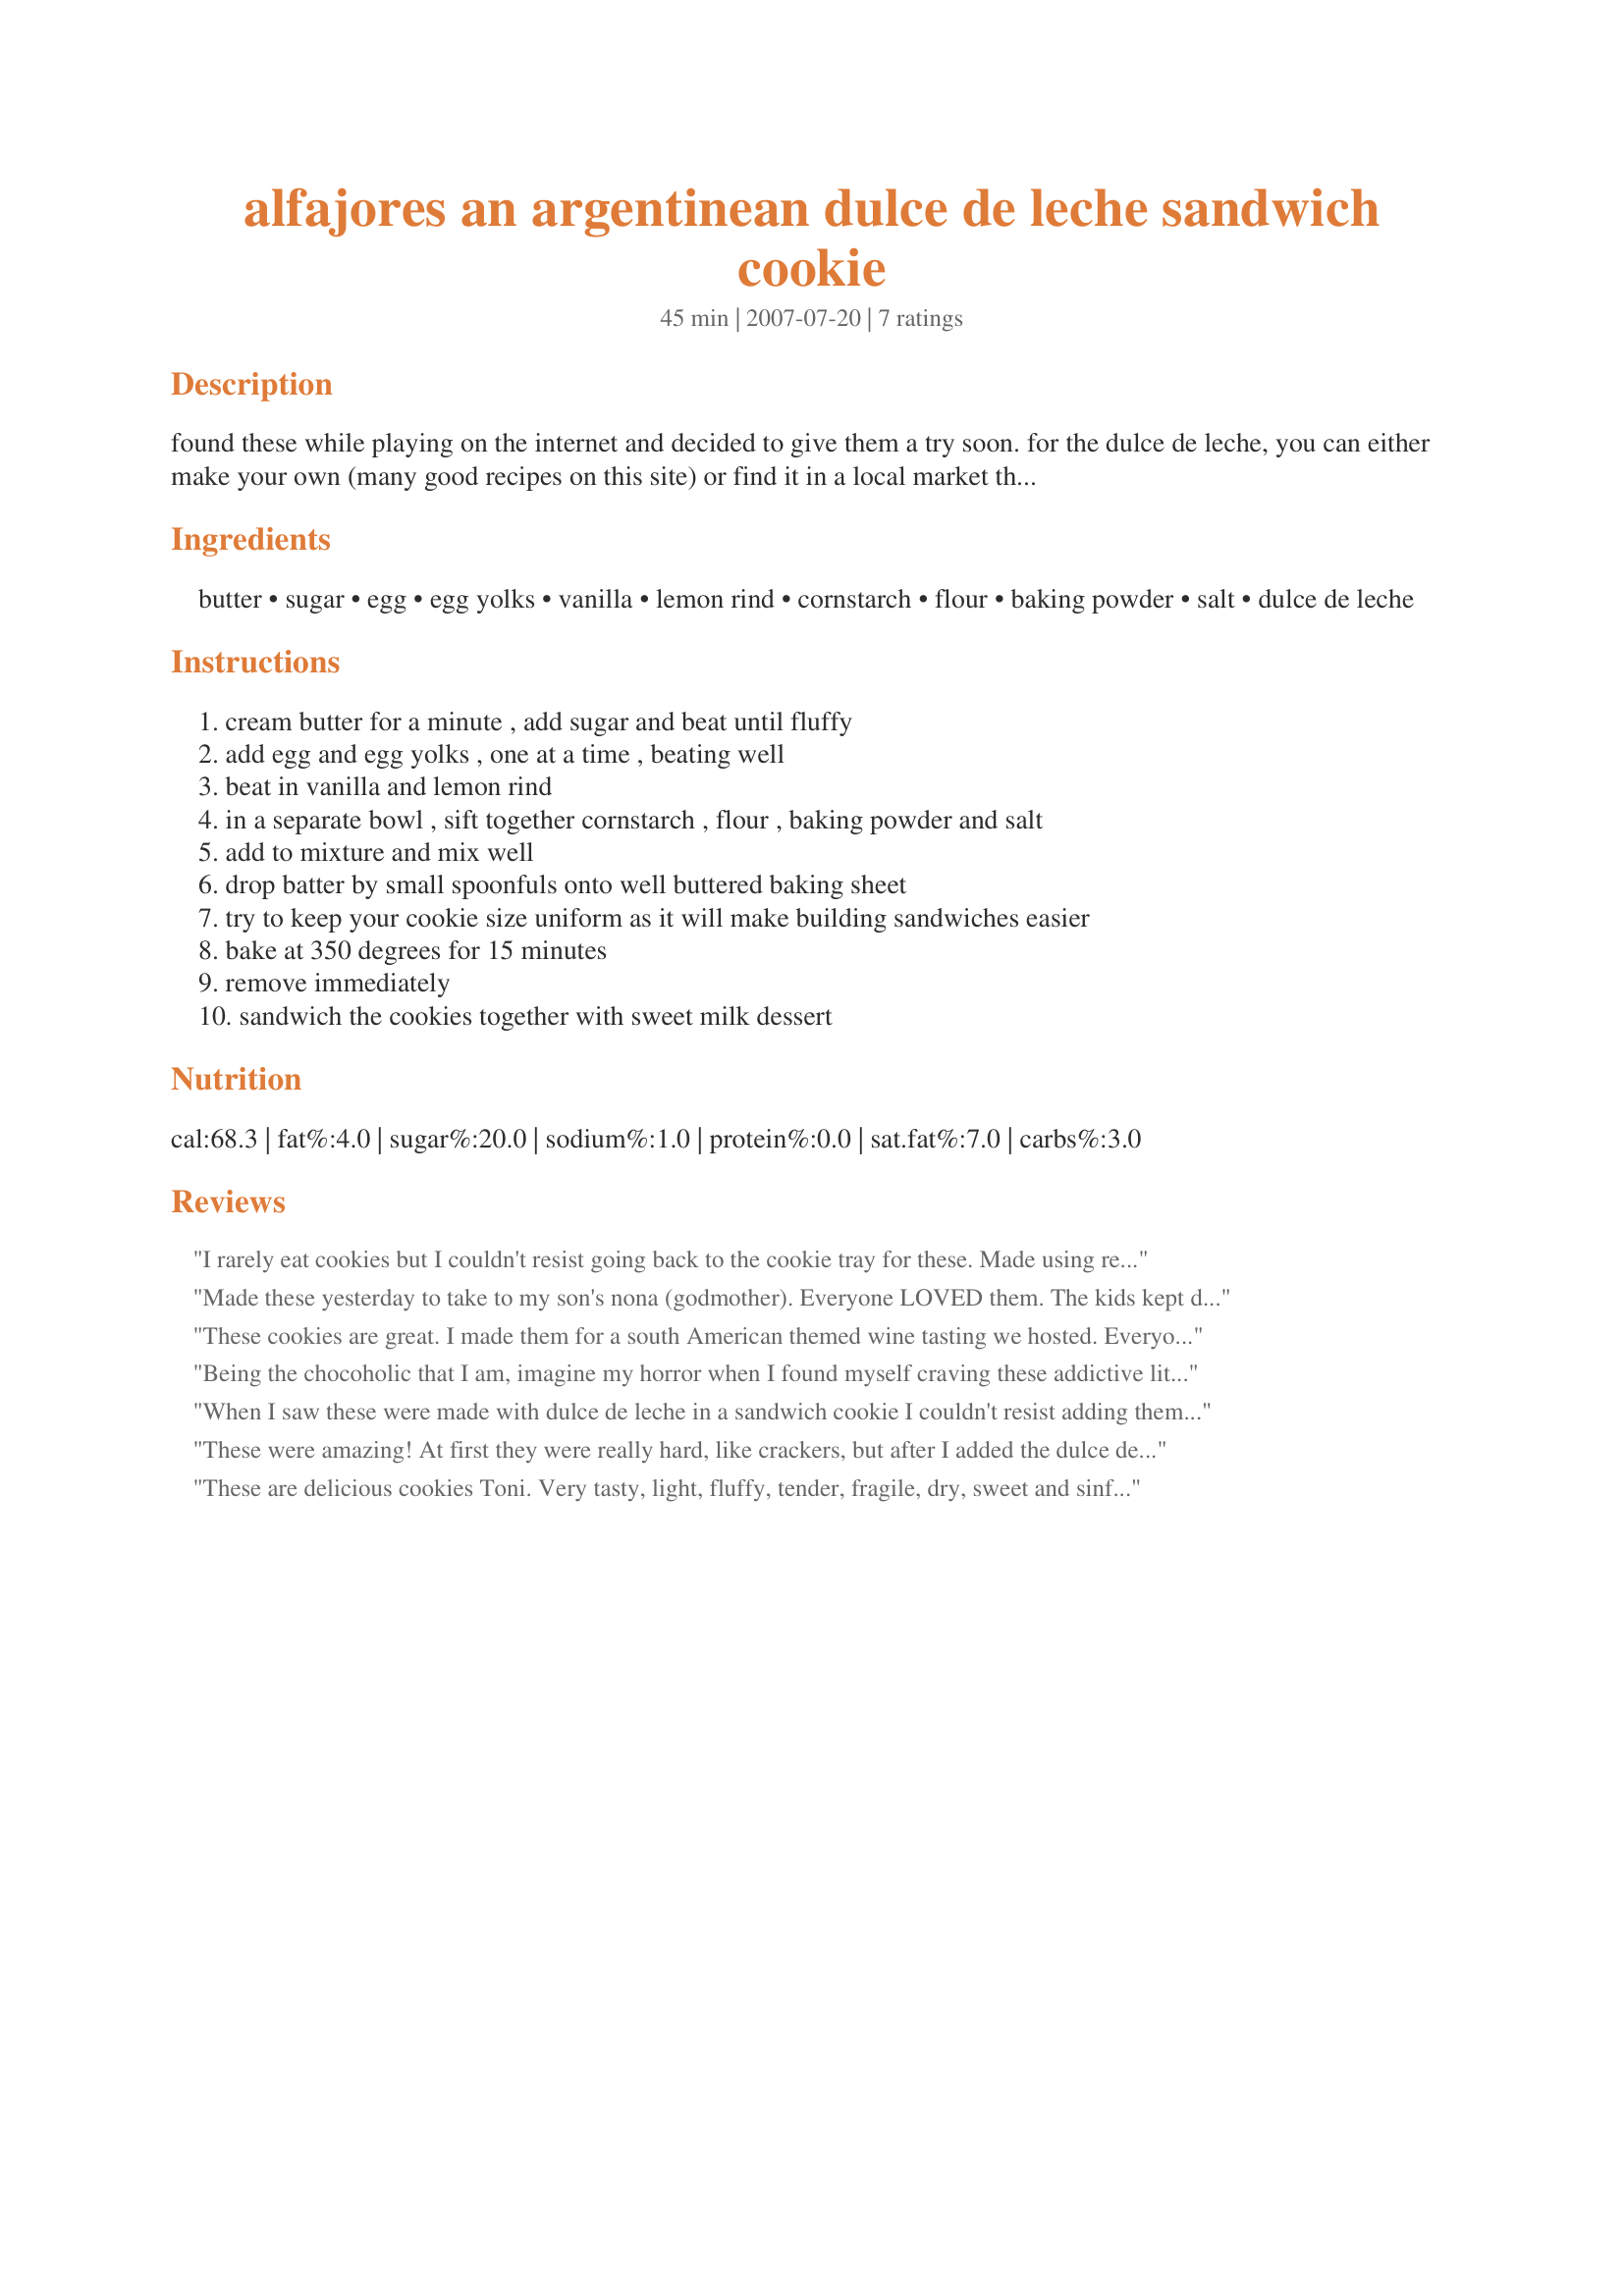
alfajores an argentinean dulce de leche sandwich cookie
Preparation time: 45 minutes

found these while playing on the internet and decided to give them a try soon. for the dulce de leche, you can either make your own (many good recipes on this site) or find it in a local market that has a good selection of latin american products.

Ingredients:
butter, sugar, egg, egg yolks, vanilla, lemon rind, cornstarch, flour, baking powder, salt, dulce de leche

Steps:
cream butter for a minute , add sugar and beat until fluffy, add egg and egg yolks , one at a time , beating well, beat in vanilla and lemon rind, in a separate bowl , sift together cornstarch , flour , baking powder and salt, add to mixture and mix well, drop batter by small spoonfuls onto well buttered baking sheet, try to keep your cookie size uniform as it will make building sandwiches easier, bake at 350 degrees for 15 minutes, remove immediately, sandwich the cookies together with sweet milk dessert

Reviews:
I rarely eat cookies but I couldn't resist going back to the cookie tray for these. Made using recipe#234433 which made for an over the top filling. Ovens vary mine were done in about 12 minutes. Can't wait to serve these to family and friends - having only made a small batch - there's little chance that is going to happen with this making!
Made these yesterday to take to my son's nona (godmother). Everyone LOVED them. The kids kept dunking them in their icecream. Thanks for a great recipe.
These cookies are great. I made them for a south American themed wine tasting we hosted. Everyone raved about them. I loved the lemon contrasting with the sweetness of the cookie.I baked them a little less than the stated time and they were nice and soft. I will be making these again.
Being the chocoholic that I am, imagine my horror when I found myself craving these addictive little cookies over my favorite chocolate chip comfort cookie. From the beautifully delicate, lemon tinged cookie itself to the sweet, gooey goodness of the dulce de leche, I'm not sure it could get any better than this and still be legal! Used Nestle's La Lechara Dulce de Leche for the filling and it worked better than I had hoped. In fact, they were so good that after the holidays I received requests from numerous friends for more. They also told me that these cookies were so good it made them wonder if I'd added crack as a "special" ingredient just to get them hooked! Nope, no crack, just a really, really great recipe. Many thanks, Toni, for a new family favorite!
When I saw these were made with dulce de leche in a sandwich cookie I couldn't resist adding them to our Argentinean menu for dinner today. Our dulce de leche was banana and a favourite of mine and my 8 year old son's but the 10 year old doesn't care for it so made the second batch with Nutella spread. I also realised part way into making them I had no lemons so used a bit of lemon juice as well as some dehydrated lemon powder that I have that is a surprisingly nice substitute. These were a very nice and delicate cookie, the boys really loved them. I found them a bit too sweet for my personal taste preference but still very nice :). Thanks for posting Toni! Made and enjoyed during ZWT #7 but not for a challenge :D
These were amazing! At first they were really hard, like crackers, but after I added the dulce de leche and let them sit for a while they were wonderfully soft and chewy. They had a very unique taste and were pretty easy to make. I think the baking time was a little too long, though. The ones I left in for 15 were a little burnt and the ones I kept in for 10-12 were much better.
These are delicious cookies Toni. Very tasty, light, fluffy, tender, fragile, dry, sweet and sinfully good. The Dulce De Leche is a perfect foil for this cookie. They compliment one another perfectly. I love the lemon in this unique cookie. I made mine on the large size, cooked them for 15 minutes and they were perfect. Thanks so much for sharing this great recipe, which will be on my Christmas trays this year.
